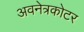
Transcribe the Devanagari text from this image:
अवनेत्रकोटर